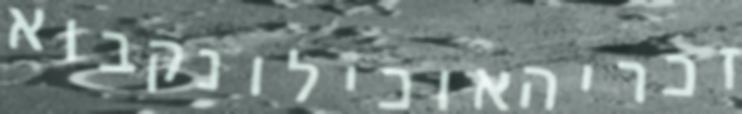
זכריהאוכילונקבוא